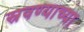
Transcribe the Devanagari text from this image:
स्रवण्याच्या